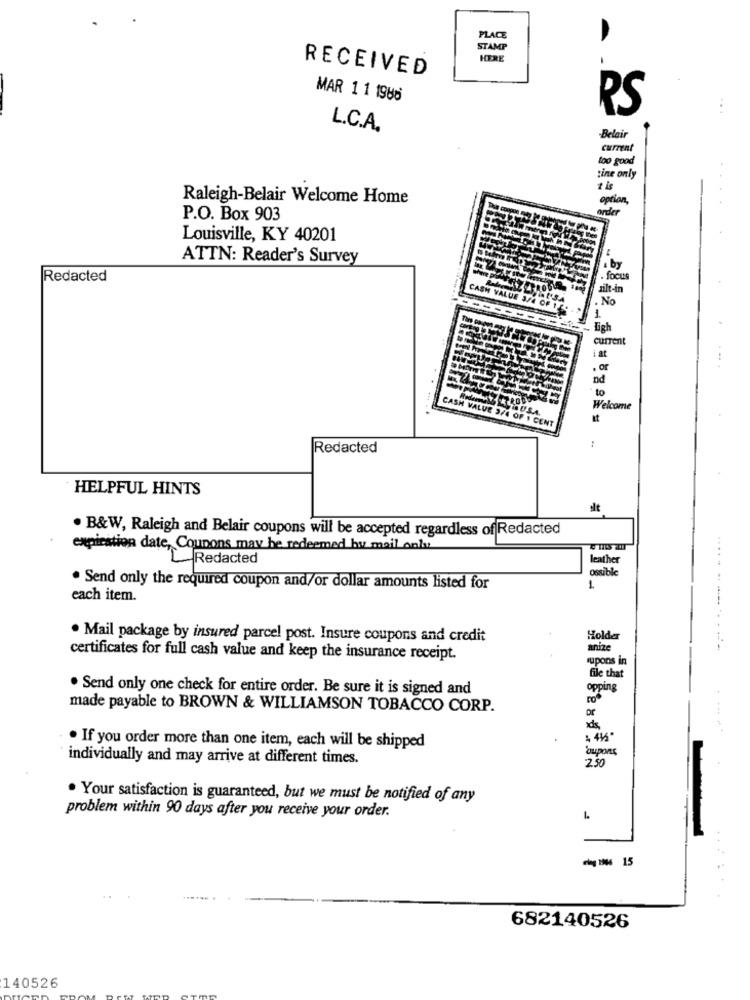
PLACE
STAMP
HERE
RECEIVED
MAR 1 1 1986
RS
L.C.A.
Belair
current
too good
tine only
1 is
Raleigh-Belair Welcome Home
option,
order
P.O. Box 903
Louisville, KY 40201
ATTN: Reader's Survey
a by
Redacted
focus
zilt-in
. No
1
Ligh
current
i at
. or
nd
to
S.A.
Welcome
It
CASH VALUE 9/4 OF 1 CENT
:
Redacted
HELPFUL HINTS
sit
. B&W, Raleigh and Belair coupons will be accepted regardless of Redacted
expiration date, Coupons may be redeemed by mail anlu
L Redacted
leather
ossibk
L
. Send only the required coupon and/or dollar amounts listed for
each item.
. Mail package by insured parcel post. Insure coupons and credit
Holde
anize
......-..---
certificates for full cash value and keep the insurance receipt.
rupons in
file that
. Send only one check for entire order. Be sure it is signed and
opping
made payable to BROWN & WILLIAMSON TOBACCO CORP.
. If you order more than one item, each will be shipped
oupons
individually and may arrive at different times.
2.50
· Your satisfaction is guaranteed, but we must be notified of any
problem within 90 days after you receive your order.
- - 15
682140526
140526